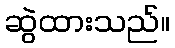
ဆွဲထားသည်။